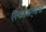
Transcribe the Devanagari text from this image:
एक्लोणार्‍याचा